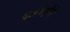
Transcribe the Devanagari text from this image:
दलवाईंनी